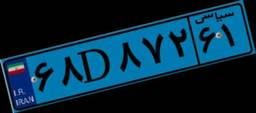
۵۷D۶۲۳۶۱